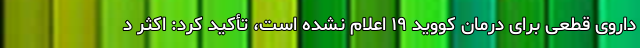
داروی قطعی برای درمان کووید ۱۹ اعلام‌ نشده است، تأکید کرد: اکثر د